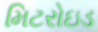
મિટરોઇડ